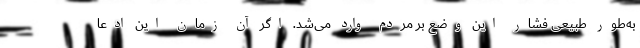
به‌طور طبیعی فشار این وضع بر مردم وارد می‌شد. اگر آن زمان این ادعا